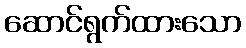
ဆောင်ရွက်ထားသော